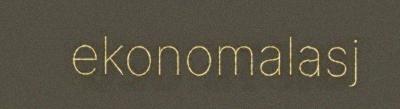
ekonomalasj